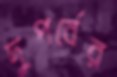
দুপর্বের